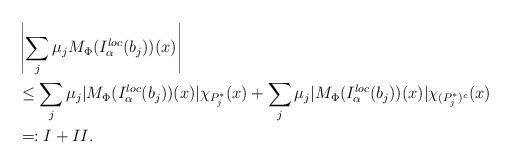
LaTeX: \begin{align*}\begin{aligned}&\left\vert\sum\limits_{j}\mu_{j}M_{\Phi}(I^{loc}_{\alpha}(b_{j}))(x)\right\vert\\&\leq\sum\limits_{j}\mu_{j}\vert M_{\Phi}(I^{loc}_{\alpha}(b_{j}))(x)\vert\chi_{P_{j}^{*}}(x)+\sum\limits_{j}\mu_{j}\vert M_{\Phi}(I^{loc}_{\alpha}(b_{j}))(x)\vert\chi_{(P_{j}^{*})^{c}}(x)\\&=:\uppercase\expandafter{\romannumeral1}+\uppercase\expandafter{\romannumeral2}.\end{aligned}\end{align*}